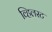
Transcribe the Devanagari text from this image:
व्हिलस्ट